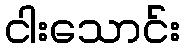
ငါးသောင်း